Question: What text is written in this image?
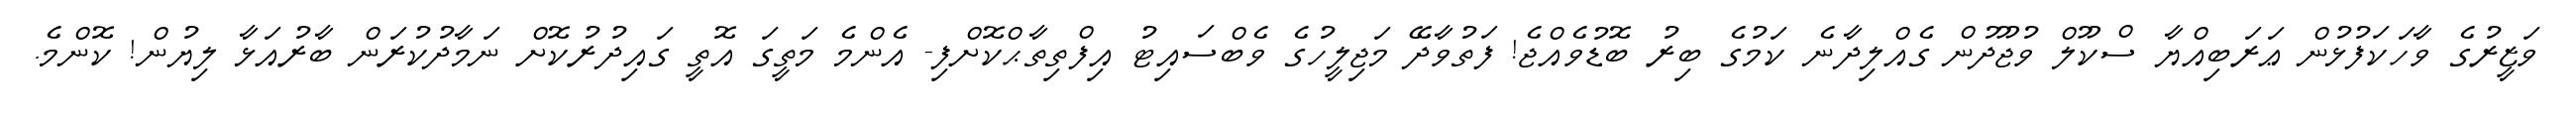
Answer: ވަޒީރުގެ ވާހަކަފުޅުން ޢަރަބިއްޔާ ސްކޫލް ވުޖޫދުން ގެއްލިދާނެ ކަމުގެ ބިރު ބޮޑުވެއްޖެ! ފަތުވާދޭ މަޖިލީހުގެ ވެބްސައިޓު އިފްތިތާޙްކޮށްފި- އެންމެ މަތީގަ އޮތީ ގައިދުރުކޮށް ނަމާދުކުރަން ބާރުއަޅާ ލިޔުން! ކޮންމެ.